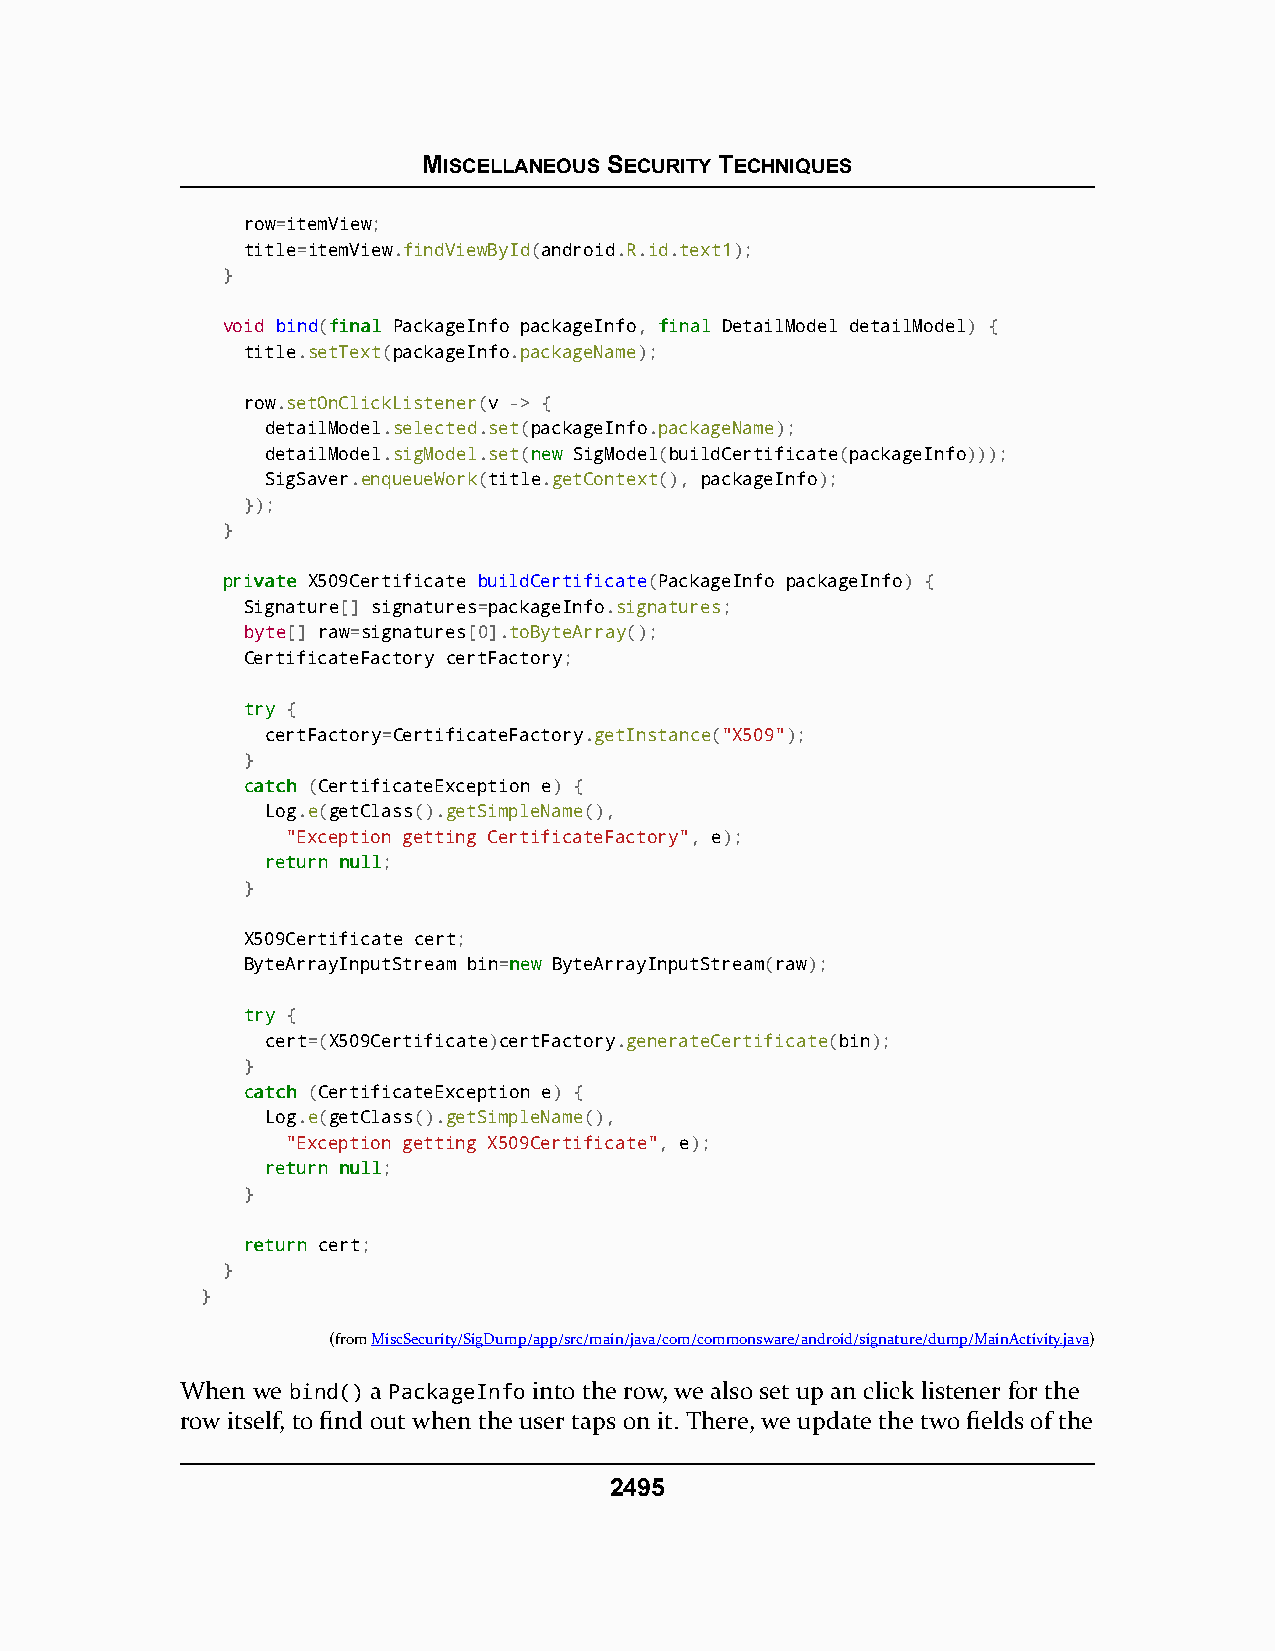
MISCELLANEOUS SECURITY TECHNIQUES
 row=itemView;
 title=itemView.findViewById(android.R.id.text1);
 }
 void bind(ffiinnaall PackageInfo packageInfo, ffiinnaall DetailModel detailModel) {
 title.setText(packageInfo.packageName);
 row.setOnClickListener(v -> {
 detailModel.selected.set(packageInfo.packageName);
 detailModel.sigModel.set(nneeww SigModel(buildCertificate(packageInfo)));
 SigSaver.enqueueWork(title.getContext(), packageInfo);
 });
 }
 pprriivvaattee X509Certificate buildCertificate(PackageInfo packageInfo) {
 Signature[] signatures=packageInfo.signatures;
 byte[] raw=signatures[0].toByteArray();
 CertificateFactory certFactory;
 ttrryy {
 certFactory=CertificateFactory.getInstance("X509");
 }
 ccaattcchh (CertificateException e) {
 Log.e(getClass().getSimpleName(),
 "Exception getting CertificateFactory", e);
 rreettuurrnn nnuullll;
 }
 X509Certificate cert;
 ByteArrayInputStream bin=nneeww ByteArrayInputStream(raw);
 ttrryy {
 cert=(X509Certificate)certFactory.generateCertificate(bin);
 }
 ccaattcchh (CertificateException e) {
 Log.e(getClass().getSimpleName(),
 "Exception getting X509Certificate", e);
 rreettuurrnn nnuullll;
 }
 rreettuurrnn cert;
 }
 }
 (fromMiscSecurity/SigDump/app/src/main/java/com/commonsware/android/signature/dump/MainActivity.java)
 When we bind() a PackageInfo into the row, we also set up an click listener for the
 row itself, to find out when the user taps on it. There, we update the two fields of the
 2495